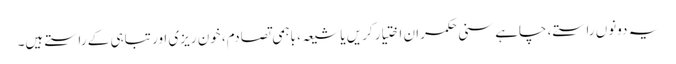
یہ دونوں راستے، چاہے سنی حکمران اختیار کریں یا شیعہ، باہمی تصادم، خون ریزی اور تباہی کے راستے ہیں۔